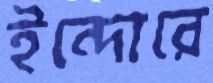
ইন্দোরে